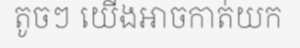
តូចៗ យើងអាចកាត់យក